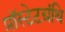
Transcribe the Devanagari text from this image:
प्रॉस्टेटग्रंथि